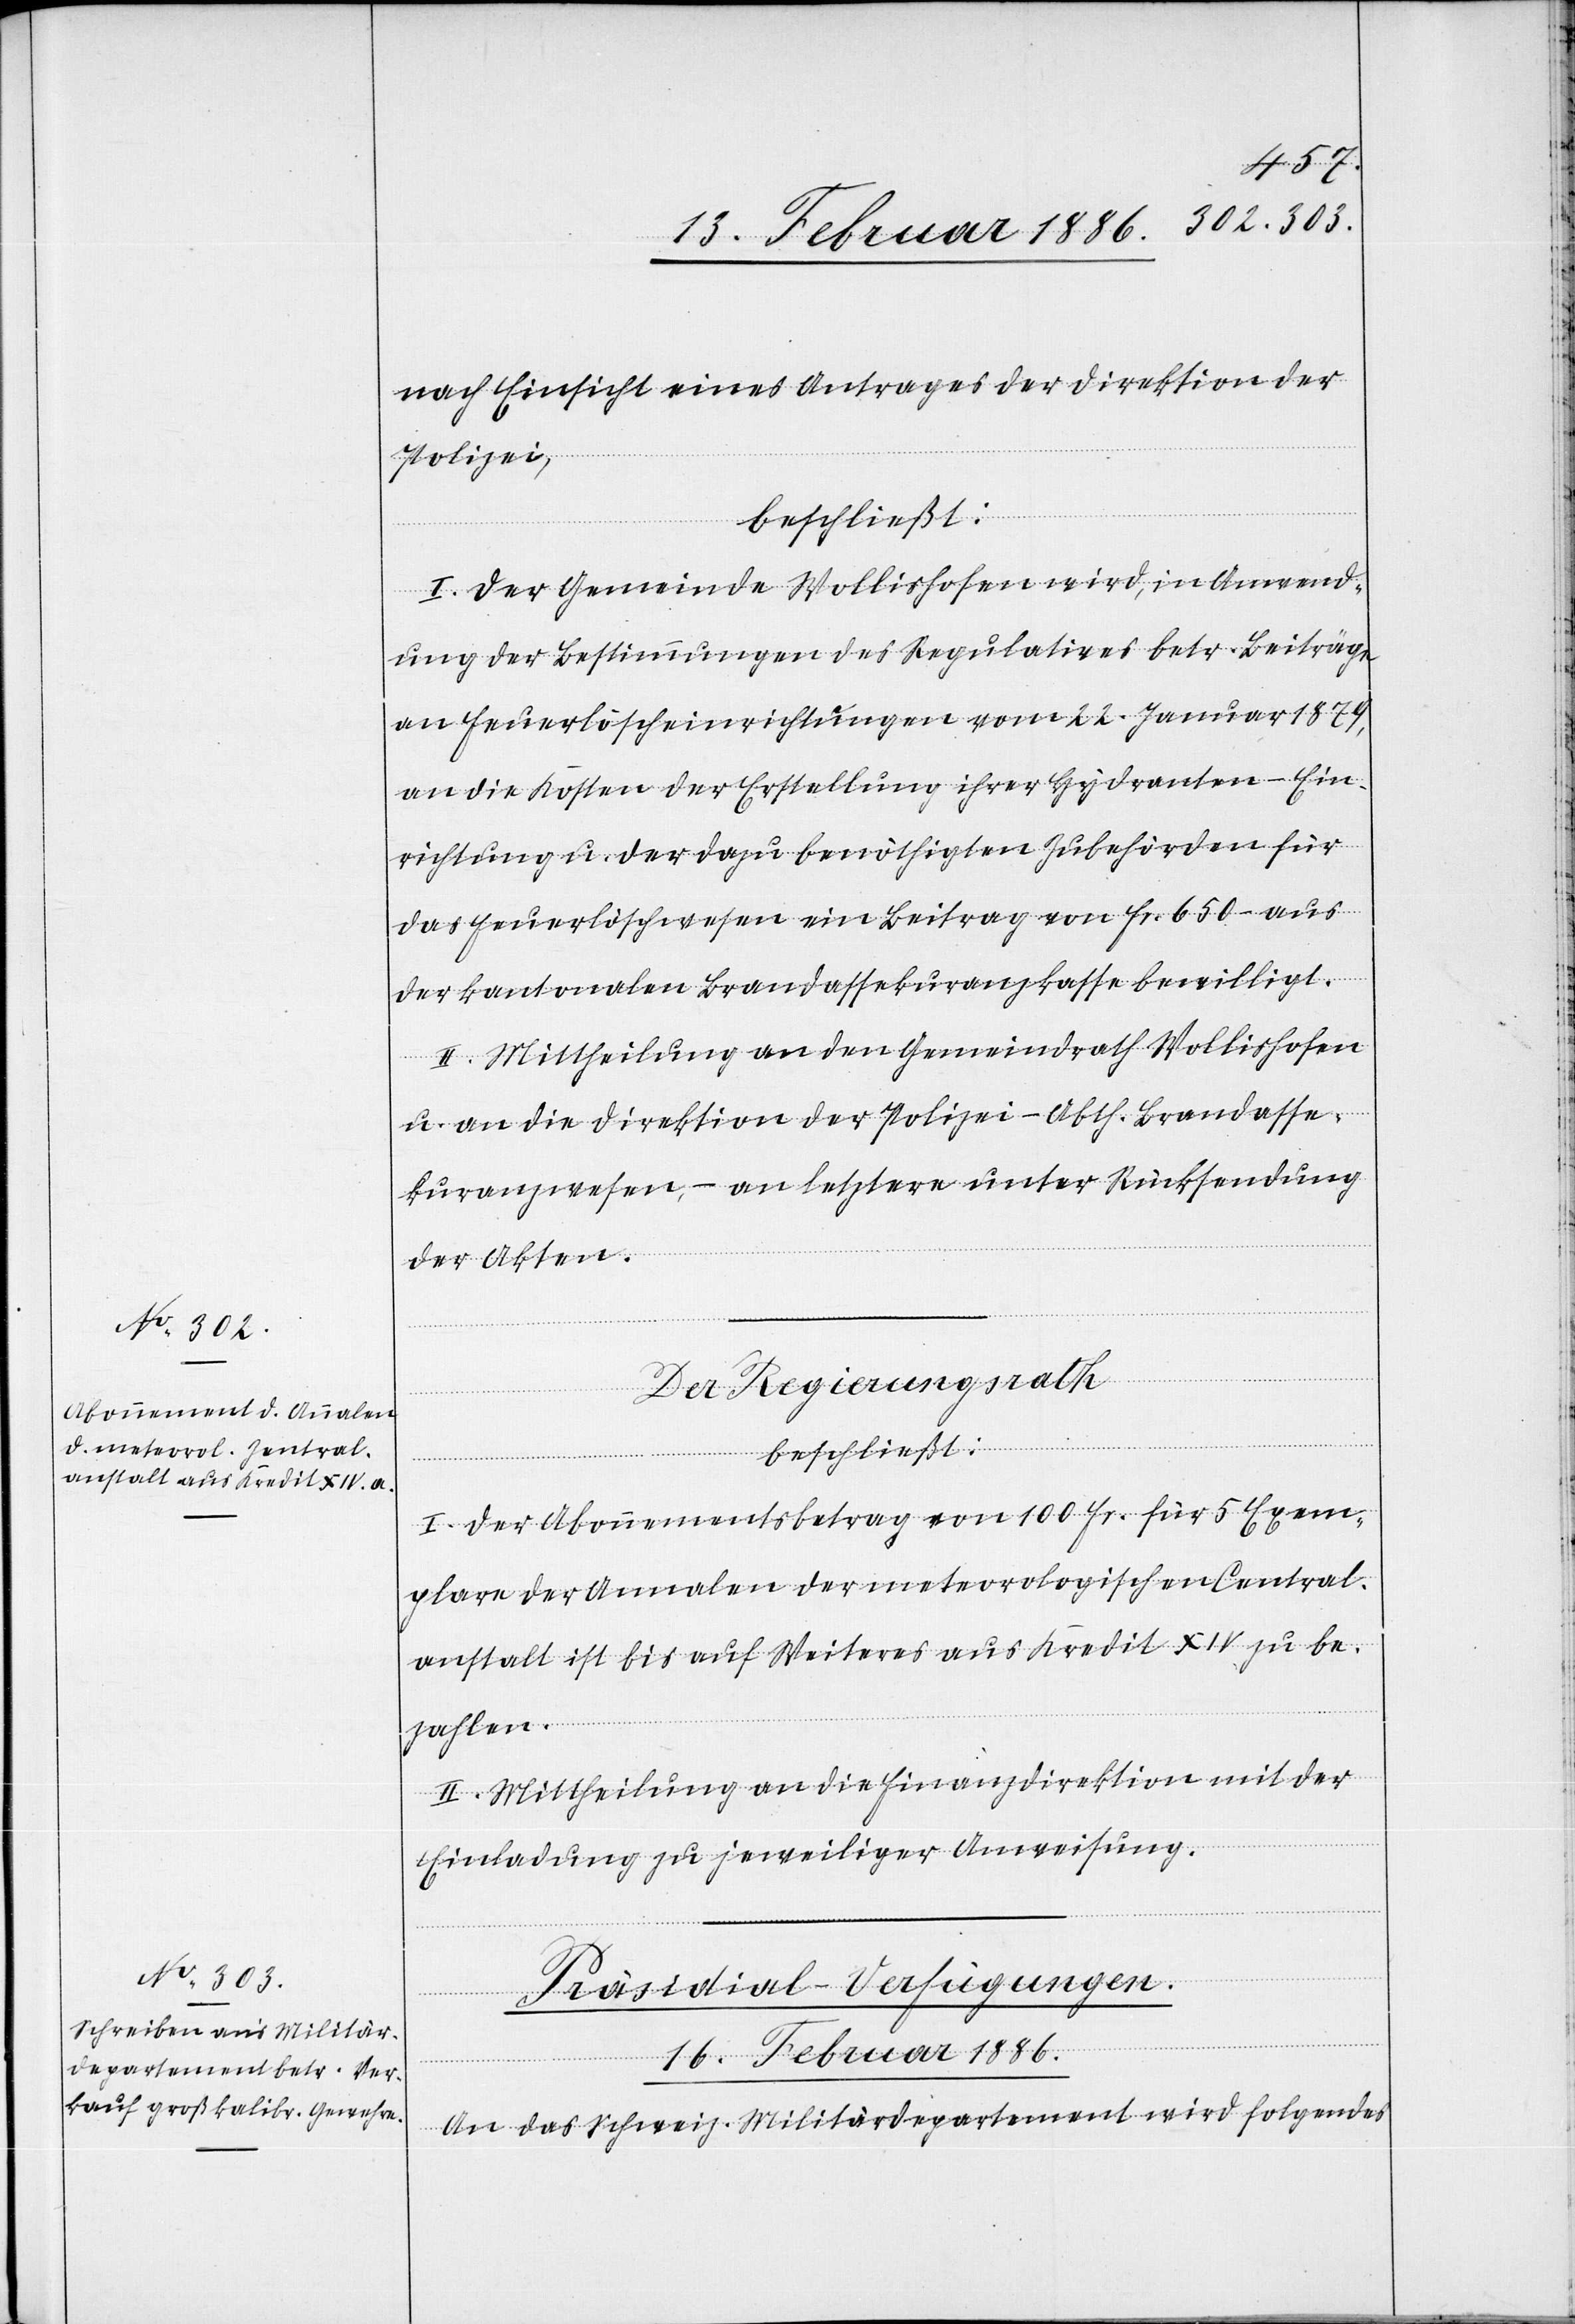
nach Einsicht eines Antrages der Direktion der
Polizei,
beschließt:
I. Der Gemeinde Wollishofen wird, in Anwend¬
ung der Bestimmung des Regulatives betr. Beiträge
an Feuerlöscheinrichtungen vom 22. Januar 1879,
an die Kosten der Erstellung ihrer Hydranten-Ein¬
richtung u. der dazu benöthigten Zubehörden für
das Feuerlöschwesen ein Beitrag von Fr. 650.– aus
der kantonalen Brandassekuranzkasse bewilligt.
II. Mittheilung an den Gemeindrath Wollishofen
u. an die Direktion der Polizei –Abth. Brandasse¬
kuranzwesen, – an letztere unter Rücksendung
der Akten.
Der Regierungsrath
beschließt:
I. Der Abonnementsbetrag von 100 Fr. für 5 Exem¬
plare der Annalen der meteorologischen Central¬
anstalt ist bis auf Weiteres aus Kredit XIV zu be¬
zahlen.
II. Mittheilung an die Finanzdirektion mit der
Einladung zu jeweiliger Anweisung.
Präsidial-Verfügungen.
16. Februar 1886.
An das schweiz. Militärdepartement wird folgendes